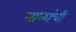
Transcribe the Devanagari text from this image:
माळांची